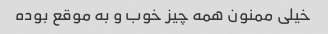
خیلی ممنون همه چیز خوب و به موقع بوده